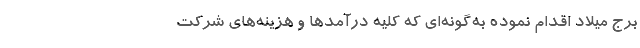
برج میلاد اقدام نموده به‌گونه‌ای که کلیه درآمدها و هزینه‌های شرکت